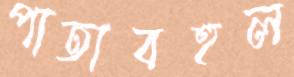
পাতাবহুল